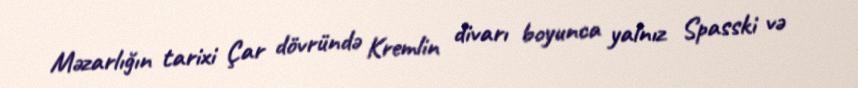
Məzarlığın tarixi Çar dövründə Kremlin divarı boyunca yalnız Spasski və